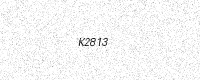
Text: K2813